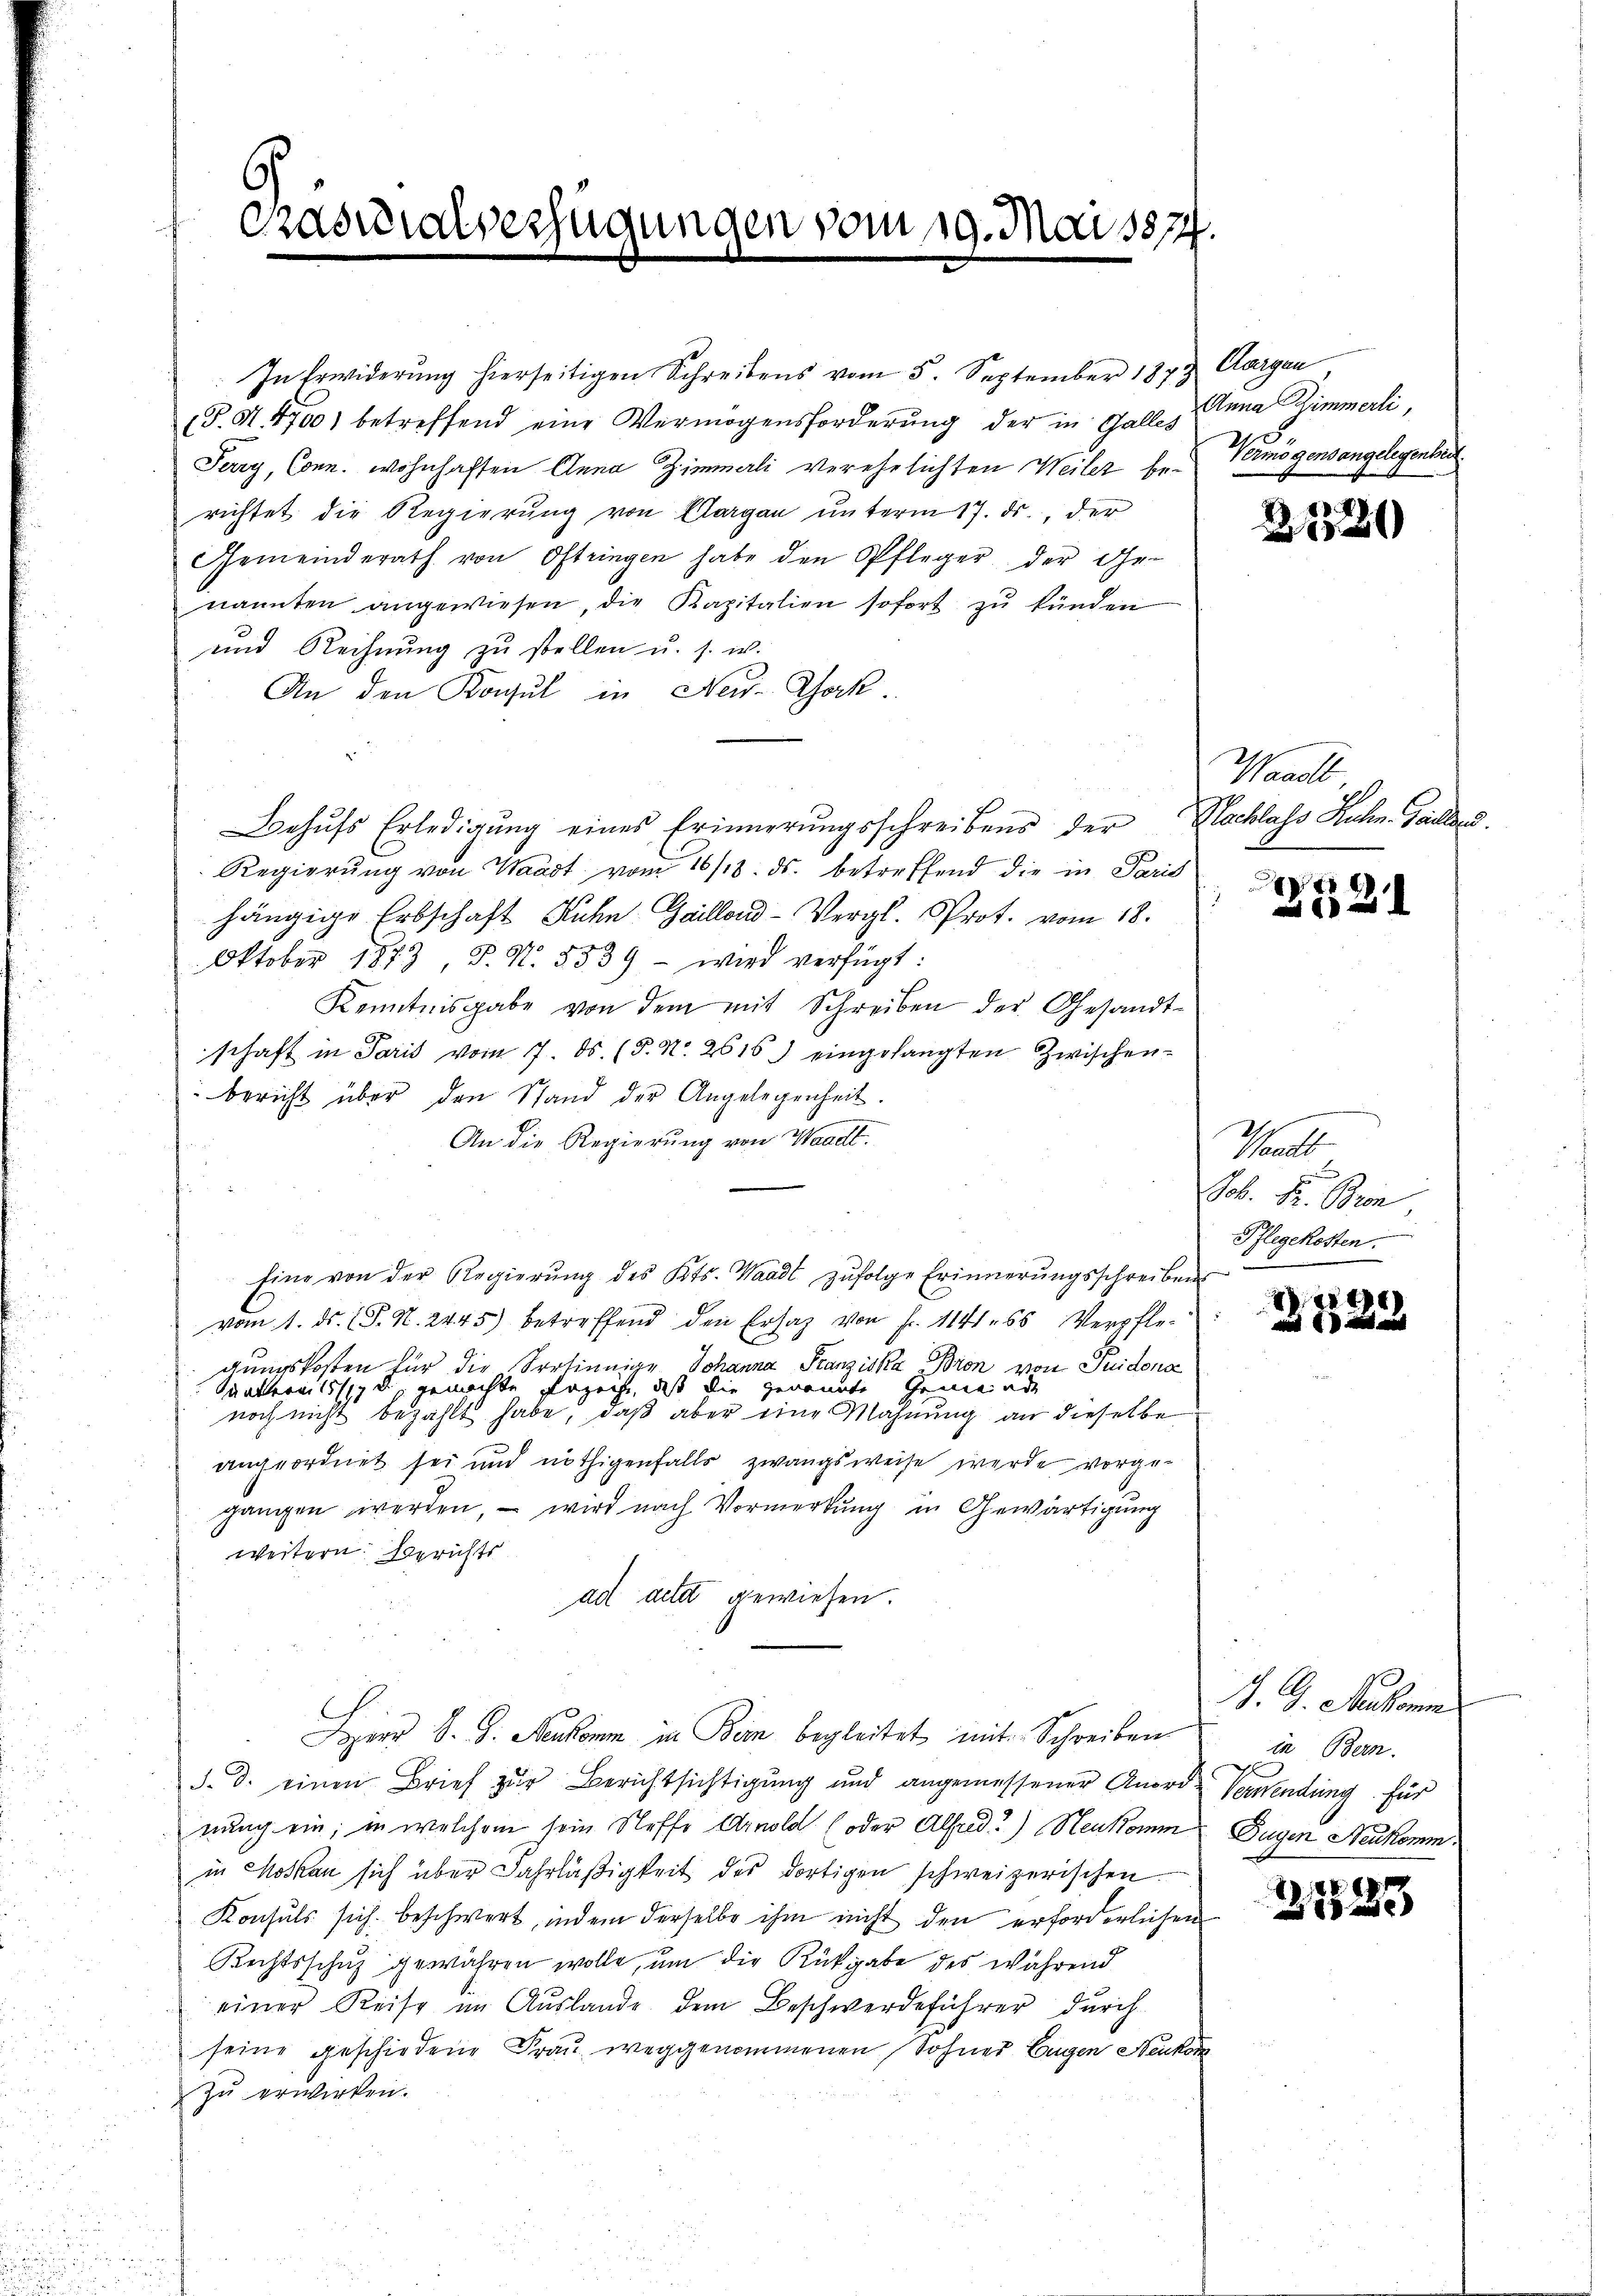
Graswialverfügungen vom 19. Mai 187

In Erwiderung hierseitigen Schreibens vom 5. September 1873
(T. S. 4700) betreffend eine Vermögensforderung der in Galles
Serry, Conn. Wohnhaften Anna Zimmerli verehelichten Weiler berichtet die Regierŭng von Aargau ŭnterm 17. ds., der
Gemeinderath von Oftringen habe den Pfleger der Ge-
nannten angewiesen, die Kapitalien sofort zŭ künden
und Rechnung zu stellen u. s. w.
An den Konsul in New-York
Behŭfs Erledigung eines Erinnerungsschreibens der Nachlass Kuhn Gailand
Regierung von Waadt vom 16/18. ds. betreffend die in Paris
hängige Erbschaft Kuhn Gaillons-Vergl. Prot. vom 18.
Oktober 1873, S. N. 5539 - wird verfügt:
Kenntnisgabe von dem mit Schreiben der Gesandt-
schaft in Paris vom 7. ds. (T. N. 2615. eingelangten Zwischen-
bericht über den Stand der Angelegenheit.
An die Regierung von Waadt.
Eine von der Regierŭng des Kts. Waadt zufolge Erinnerungsschreibens
vom 1. ds. (T. N. 2445) betreffend den Ersatz von fr. 1141. 55 Verpfle-
gungskosten für die Sortinnige Johanna Stanziska Bron von Puidona
uatteon 15/17 u. gemachte gezeche, dass die genannte Gemeinde
noch nicht bezahlt habe, daß aber eine Mahnung an dieselbe
angeordnet sei und nöthigenfalls zwangsweise werde vorgegangen werden, – wird nach Vormerkung in Gewärtigung
weitern. Berichts
ad acta gewiesen.
Herr S. G. Neukomm in Bern begleitet mit Schreiben
d. d. einen Brief zur Berichtsichtigung und angemessener Anord-Verwendung für
nung ein; in welchem sein Stoffe Arnold (oder Alfred) Neukomm
in Rocken sich über Fahrläßigkeit des dortigen schweizerischen
Konsuls sich beschwert, indem derselbe ihm nicht den erforderlichen
Rechtsschuz gewähren wolle, um die Rückgabe des während
einer Reise im Auslande dem Beschwerdeführer durch
seine geschiedene Frau weggenommenen Sohner Eugen Neukom
zu erwirken.

Aargau,
Anna Zimmerli,
d
Vermögensangelegenheit

2320

Waadt

I

Theate
Job. H. Bron
Pflegekosten.

8
1522

J. G. Merkomm
in Bern.
Sugen Neukomm

21883